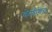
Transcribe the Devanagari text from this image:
कोणाँगीदा